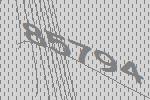
85794